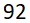
92